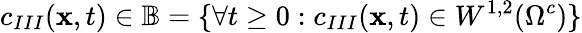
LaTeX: c_{III}(\mathbf{x},t)\in\mathbb{B}=\lbrace\forall t\geq 0:c_{III}(\mathbf{x},t)\in W^{1,2}(\Omega^{c})\rbrace